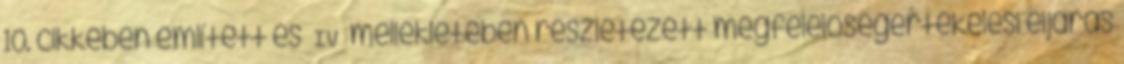
10. cikkében említett és IV mellékletében részletezett megfelelőségértékelési eljárás